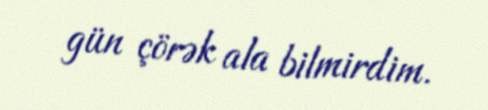
gün çörək ala bilmirdim.